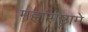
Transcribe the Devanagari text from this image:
महाराष्ट्रामे